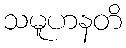
သမူဟနတိ